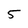
Character: 5